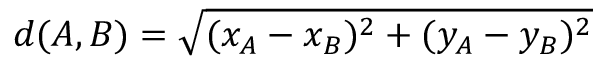
d ( A , B ) = \sqrt { ( x _ { A } - x _ { B } ) ^ { 2 } + ( y _ { A } - y _ { B } ) ^ { 2 } }